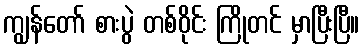
ကျွန်တော် စားပွဲ တစ်ဝိုင်း ကြိုတင် မှာပြီးပြီ။